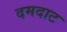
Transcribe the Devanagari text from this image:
दमदाट